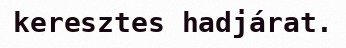
keresztes hadjárat.